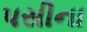
પસીના